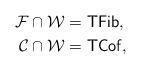
LaTeX: \begin{align*}\mathcal{F}\cap\mathcal{W} &= \mathsf{TFib}, \\\mathcal{C}\cap\mathcal{W} &= \mathsf{TCof},\end{align*}